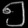
Digit: ၅